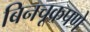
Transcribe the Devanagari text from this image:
बिनचूकपणे